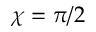
\chi = \pi / 2